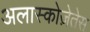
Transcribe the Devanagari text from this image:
अलास्कोज़ेतेस